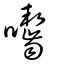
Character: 囓